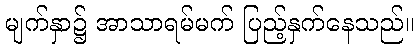
မျက်နှာ၌ အာသာရမ်မက် ပြည့်နှက်နေသည်။